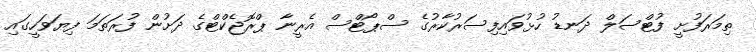
ތިމަރަފުށީ ފުޓްސަލް ދަނޑު ހުޅުވައިފިސަރުކާރުގެ ސްޕޯޓްސް އެރީނާ ޕްރޮޖެކްޓްގެ ދަށުން ފުރަތަމަ ފިޔަވަހީގައި